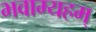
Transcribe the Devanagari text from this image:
भवाम्यहम्